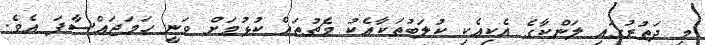
މި ދަތުރުގައި ލަންކާގެ އެކިއެކި ކުލަބުތަކާއެކު މެޗުތައް ކުޅުމަށް ވަނީ ހަމަޖައްސާފަ އެވެ.